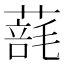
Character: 𦺑